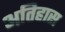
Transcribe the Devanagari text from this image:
अतिहास